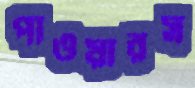
পাওয়ারস